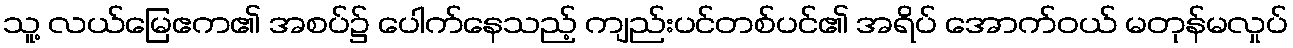
သူ့ လယ်မြေဧက၏ အစပ်၌ ပေါက်နေသည့် ကျည်းပင်တစ်ပင်၏ အရိပ် အောက်ဝယ် မတုန်မလှုပ်